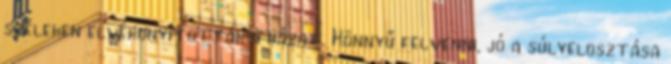
széleken elvékonyították a házat. Könnyű felvenni, jó a súlyelosztása